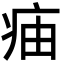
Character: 㾄